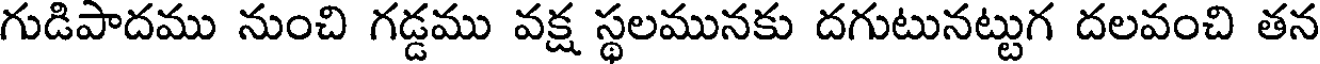
గుడిపాదము నుంచి గడ్డము వక్ష స్థలమునకు దగుటునట్టుగ దలవంచి తన